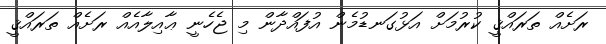
ރަށެއް ތަރައްޤީ ކުރުމަށް އަޅުގަނޑުމެން އުފައްދާން މި ޖެހެނީ ޢާއިލާއެއް ރަށެއް ތަރައްޤީ